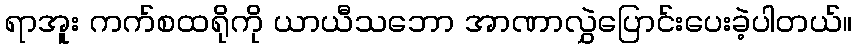
ရာအူး ကက်စထရိုကို ယာယီသဘော အာဏာလွှဲပြောင်းပေးခဲ့ပါတယ်။